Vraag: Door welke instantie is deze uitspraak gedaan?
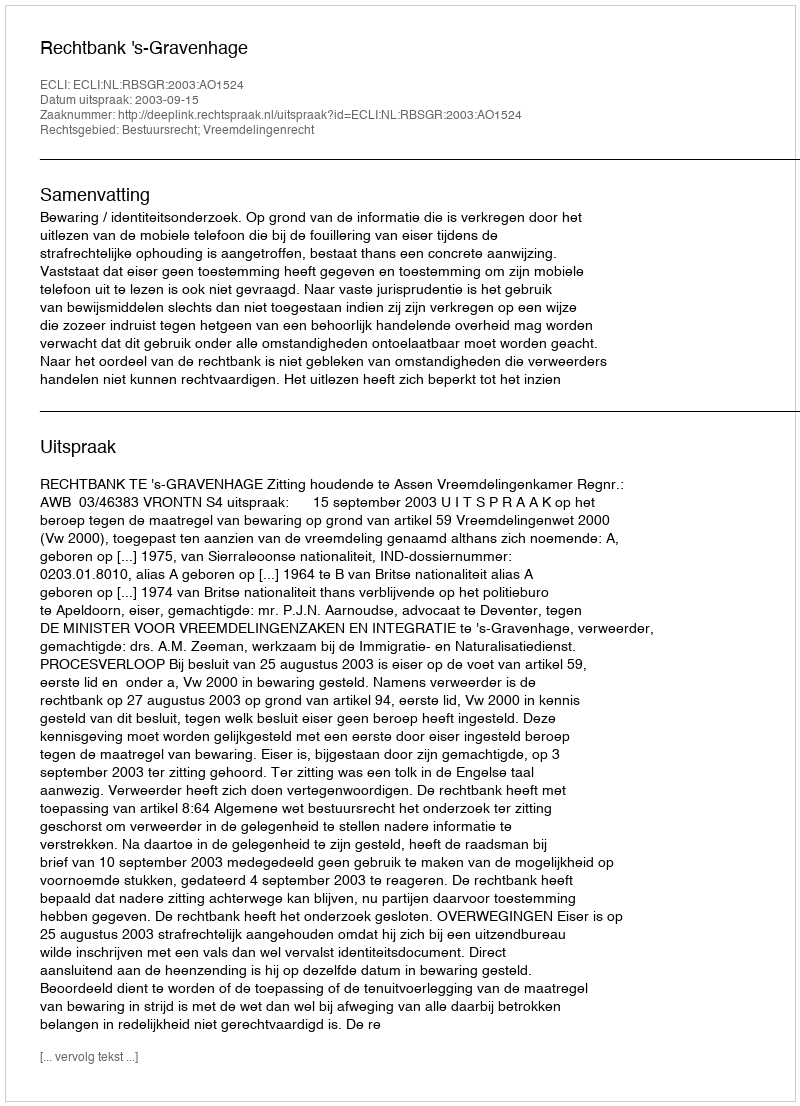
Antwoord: Rechtbank 's-Gravenhage